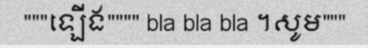
"""ឡើង"""" bla bla bla ។សូម"""